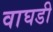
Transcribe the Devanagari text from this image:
वाघडी